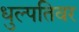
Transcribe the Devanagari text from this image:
धुल्पतिवर